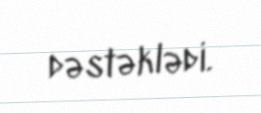
dəstəklədi.